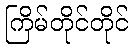
ကြိမ်တိုင်တိုင်